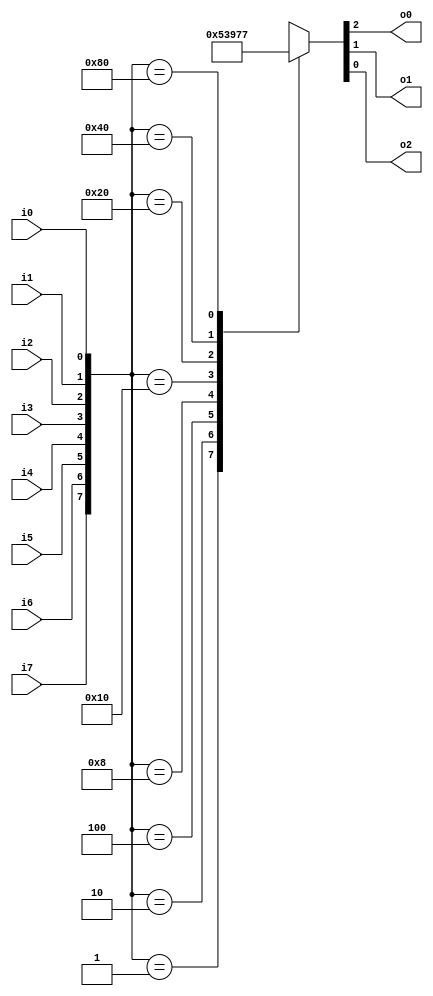
`timescale 1ns / 1ps
//////////////////////////////////////////////////////////////////////////////////
// Company: 
// Engineer: 
// 
// Design Name: 
// Module Name:    B8x3encoder 
// Project Name: 
// Target Devices: 
// Tool versions: 
// Description: 
//
// Dependencies: 
//
// Revision: 
// Revision 0.01 - File Created
// Additional Comments: 
//
//////////////////////////////////////////////////////////////////////////////////
module B8x3encoder(o0,o1,o2,i7,i6,i5,i4,i3,i2,i1,i0
);
input i7,i6,i5,i4,i3,i2,i1,i0;
output o0,o1,o2;
reg o0,o1,o2;
always@(i7,i6,i5,i4,i3,i2,i1,i0)
begin
case({i7,i6,i5,i4,i3,i2,i1,i0})
8'b00000001: {o0,o1,o2}=3'b000;
8'b00000010: {o0,o1,o2}=3'b001;
8'b00000100: {o0,o1,o2}=3'b010;
8'b00001000: {o0,o1,o2}=3'b011;
8'b00010000: {o0,o1,o2}=3'b100;
8'b00100000: {o0,o1,o2}=3'b101;
8'b01000000: {o0,o1,o2}=3'b110;
8'b10000000: {o0,o1,o2}=3'b111;
default:     {o0,o1,o2}=3'bxxx;
endcase
end
endmodule